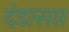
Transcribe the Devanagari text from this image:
दंडासप्त